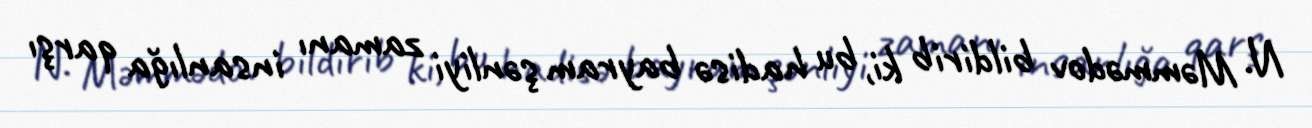
N. Məmmədov bildirib ki, bu hadisə bayram şənliyi zamanı insanlığa qarşı